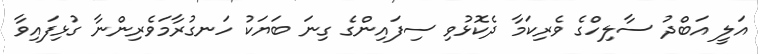
އަލީ އަބްދު ސާލިހްގެ ވެރިކަމާ ދެކޮޅުވި ސިފައިންގެ ގިނަ ބަޔަކު ހަނގުރާމަވެރިންނާ ގުޅިފައިވާ